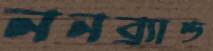
ননব্র্যান্ড